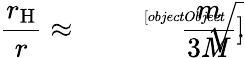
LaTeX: {\frac{r_{\mathrm{H}}}{r}}\approx{\sqrt[[objectObject]]{\frac{m}{3M}}}.